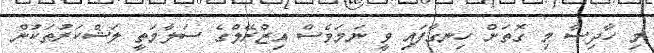
މި ހާދިސާ މި ގޮތަށް ހިނގާފައި ވީ ނަމަވެސް އިޒްރޭލްގެ ސަލާމަތީ ލަޝްކަރުތަކުން